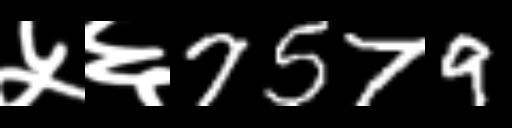
Text: ५६7579